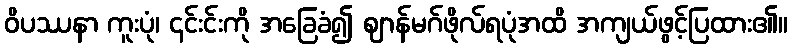
ဝိပဿနာ ကူးပုံ၊ ၎င်းင်းကို အခြေခံ၍ ဈာန်မဂ်ဖိုလ်ရပုံအထိ အကျယ်ဖွင့်ပြထား၏။